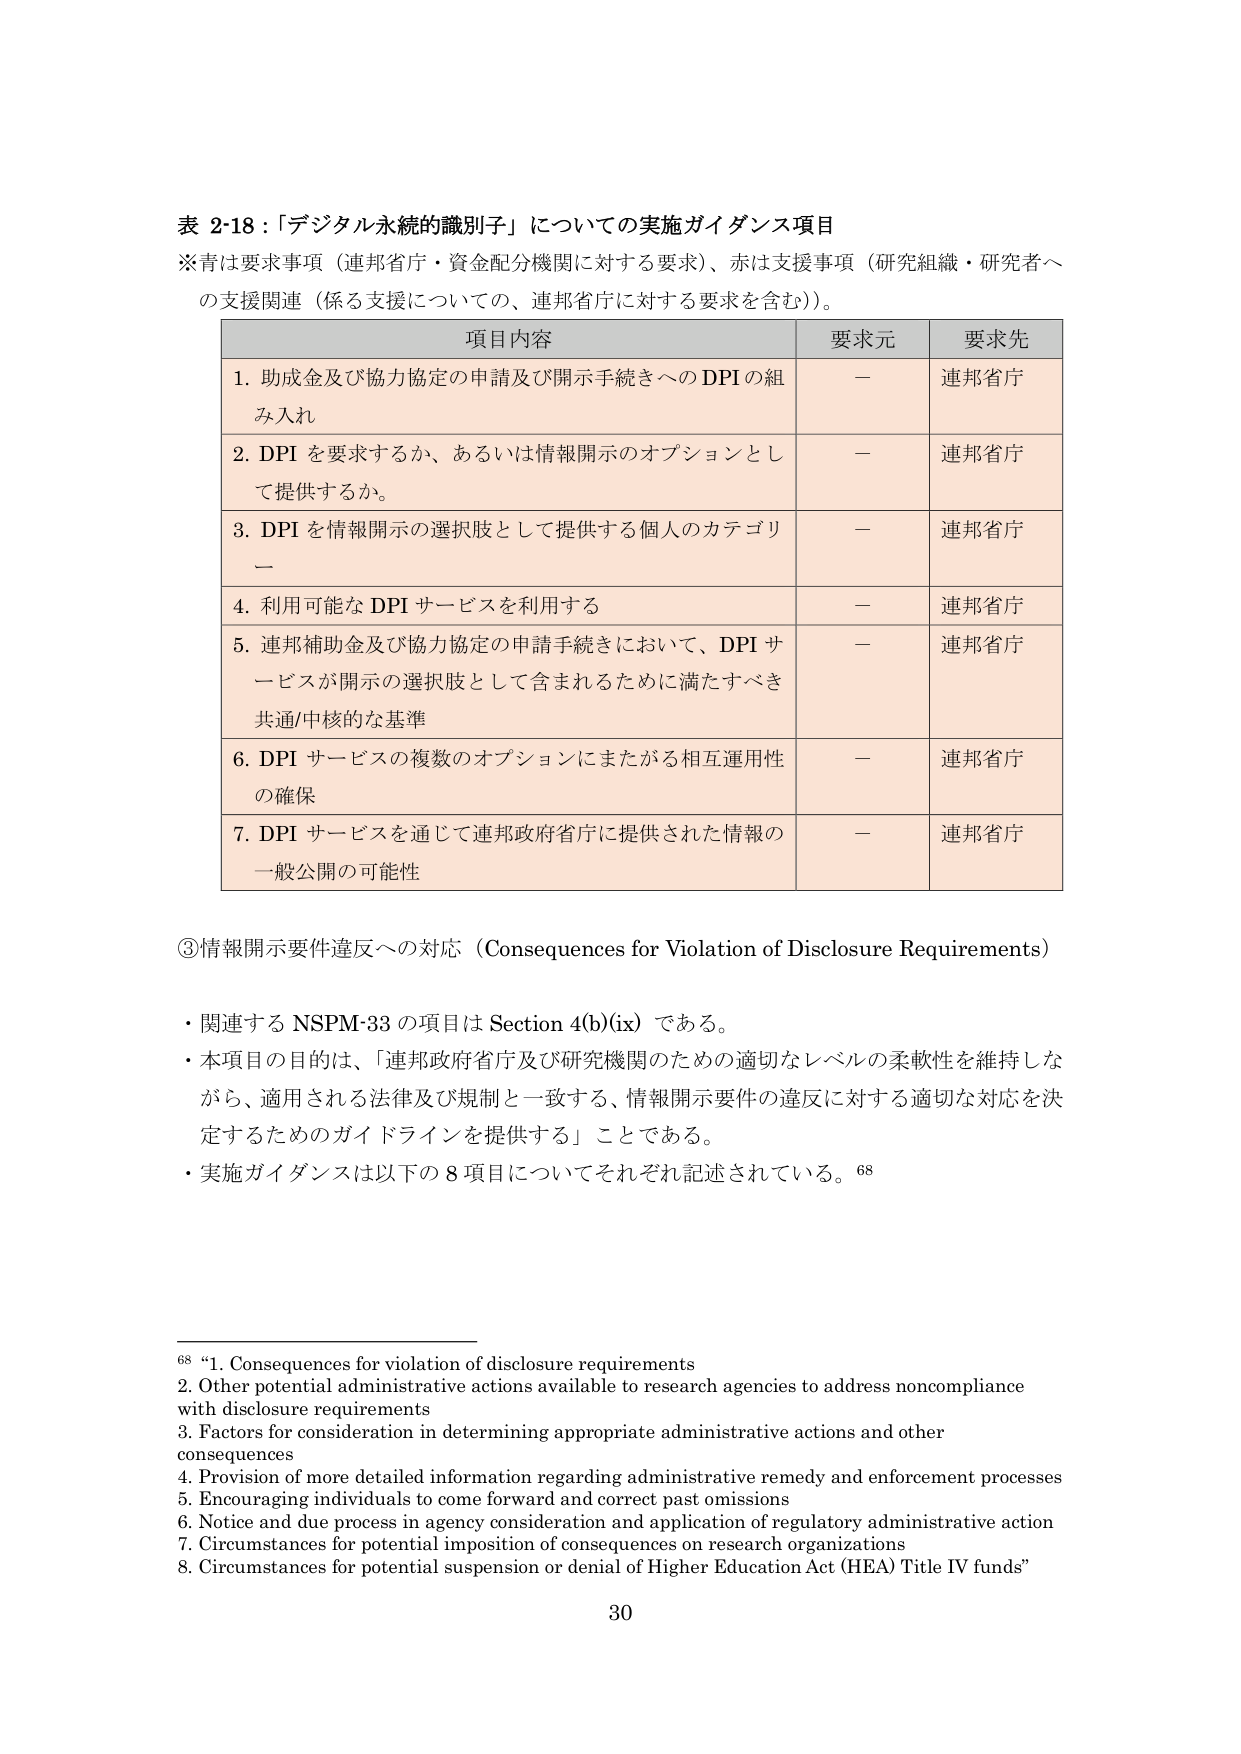
表 2-18：「デジタル永続的識別子」についての実施ガイダンス項目
※青は要求事項（連邦省庁・資金配分機関に対する要求）、赤は支援事項（研究組織・研究者への支援関連（係る支援についての、連邦省庁に対する要求を含む））。

| 項目内容 | 要求元 | 要求先 |
|----------|--------|--------|
| 1. 助成金及び協力協定の申請及び開示手続きへのDPIの組み入れ | ー | 連邦省庁 |
| 2. DPIを要求するか、あるいは情報開示のオプションとして提供するか。 | ー | 連邦省庁 |
| 3. DPIを情報開示の選択肢として提供する個人のカテゴリー | ー | 連邦省庁 |
| 4. 利用可能なDPIサービスを利用する | ー | 連邦省庁 |
| 5. 連邦補助金及び協力協定の申請手続きにおいて、DPIサービスが開示の選択肢として含まれるために満たすべき共通/中核的な基準 | ー | 連邦省庁 |
| 6. DPIサービスの複数のオプションにまたがる相互運用性の確保 | ー | 連邦省庁 |
| 7. DPIサービスを通じて連邦政府省庁に提供された情報の一般公開の可能性 | ー | 連邦省庁 |

③情報開示要件違反への対応（Consequences for Violation of Disclosure Requirements）
・関連するNSPM-33の項目はSection 4(b)(ix)である。
・本項目の目的は、「連邦政府省庁及び研究機関のための適切なレベルの柔軟性を維持しながら、適用される法律及び規制と一致する、情報開示要件の違反に対する適切な対応を決定するためのガイドラインを提供する」ことである。
・実施ガイダンスは以下の8項目についてそれぞれ記述されている。⁶⁸

⁶⁸ “1. Consequences for violation of disclosure requirements
2. Other potential administrative actions available to research agencies to address noncompliance with disclosure requirements
3. Factors for consideration in determining appropriate administrative actions and other consequences
4. Provision of more detailed information regarding administrative remedy and enforcement processes
5. Encouraging individuals to come forward and correct past omissions
6. Notice and due process in agency consideration and application of regulatory administrative action
7. Circumstances for potential imposition of consequences on research organizations
8. Circumstances for potential suspension or denial of Higher Education Act (HEA) Title IV funds”

30